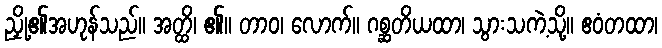
ညှို့၏အဟုန်သည်။ အတ္ထိ၊ ၏။ တာဝ၊ လောက်။ ဂစ္ဆတိယထာ၊ သွားသကဲ့သို့။ ဧဝံတထာ၊